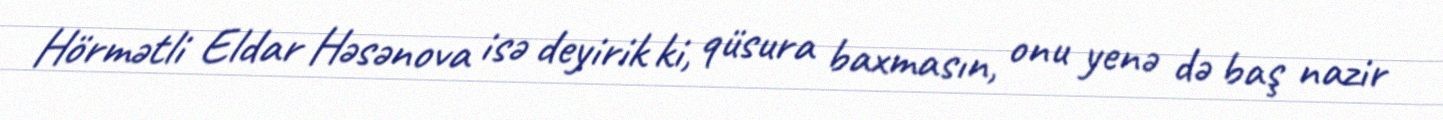
Hörmətli Eldar Həsənova isə deyirik ki, qüsura baxmasın, onu yenə də baş nazir